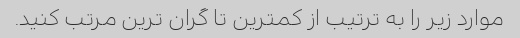
موارد زیر را به ترتیب از کمترین تا گران ترین مرتب کنید.